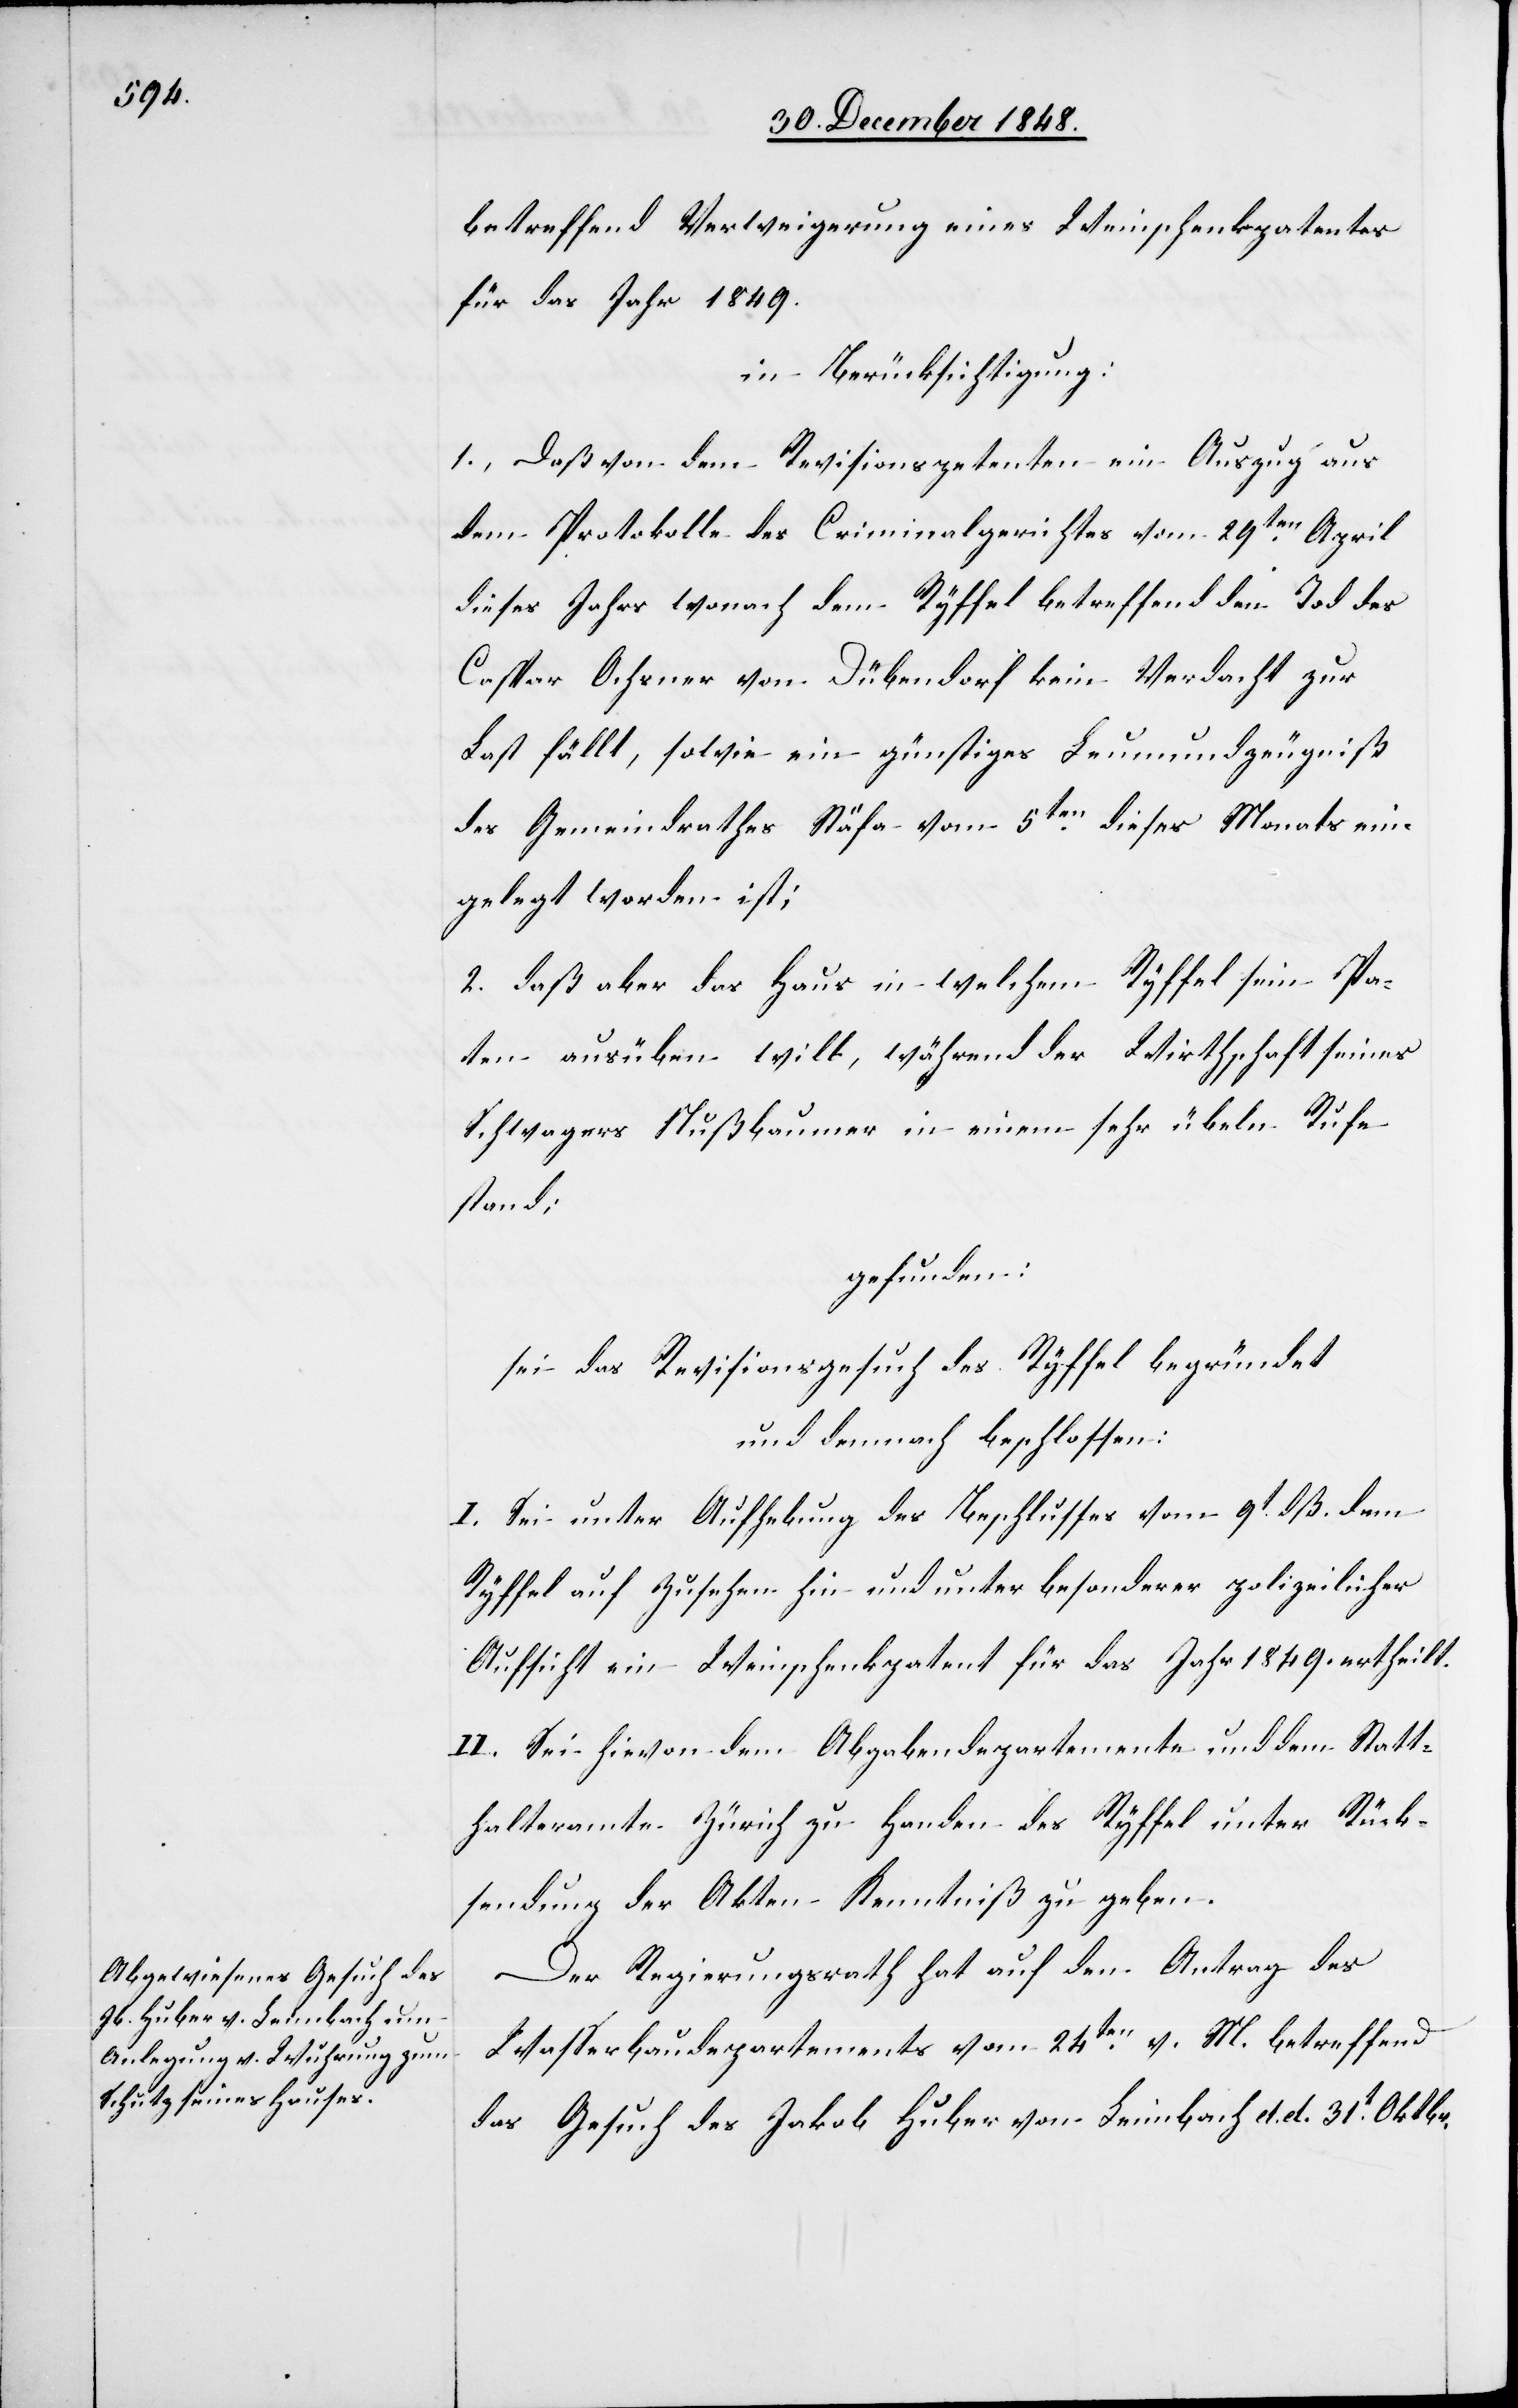
betreffend Verweigerung eines Weinschenkpatentes
für das Jahr 1849.
in Berücksichtigung:
1. Daß von dem Revisionspetenten ein Auszug aus
dem Protokolle des Criminalgerichtes vom 29ten April
dieses Jahrs wonach dem Ryffel betreffend den Tod des
Caspar Ochsner von Dübendorf kein Verdacht zur
Last fällt, sowie ein günstiges Leumundzeugniß
des Gemeindrathes Stäfa vom 5ten dieses Monats ein¬
gelegt worden ist;
2. Daß aber das Haus in welchem Ryffel sein Pa¬
ten[t] ausüben will, während der Wirthschaft seines
Schwagers Nußbaumer in einem sehr übeln Rufe
stand;
gefunden:
sei das Revisionsgesuch des Ryffel begründet
und demnach beschlossen:
I. Sei unter Aufhebung des Beschlusses vom 9t dß. dem
Ryffel auf Zusehen hin und unter besonderer polizeilicher
Aufsicht ein Weinschenkpatent für das Jahr 1849. ertheilt.
II. Sei hievon dem Abgabendepartemente und dem Statt¬
halteramte Zürich zu Handen des Ryffel unter Rück¬
sendung der Akten Kenntniß zu geben.
Der Regierungsrath hat auf den Antrag des
Wasserbaudepartements vom 24ten v. M. betreffend
das Gesuch des Jakob Huber von Leimbach d. d. 31t Oktbr.